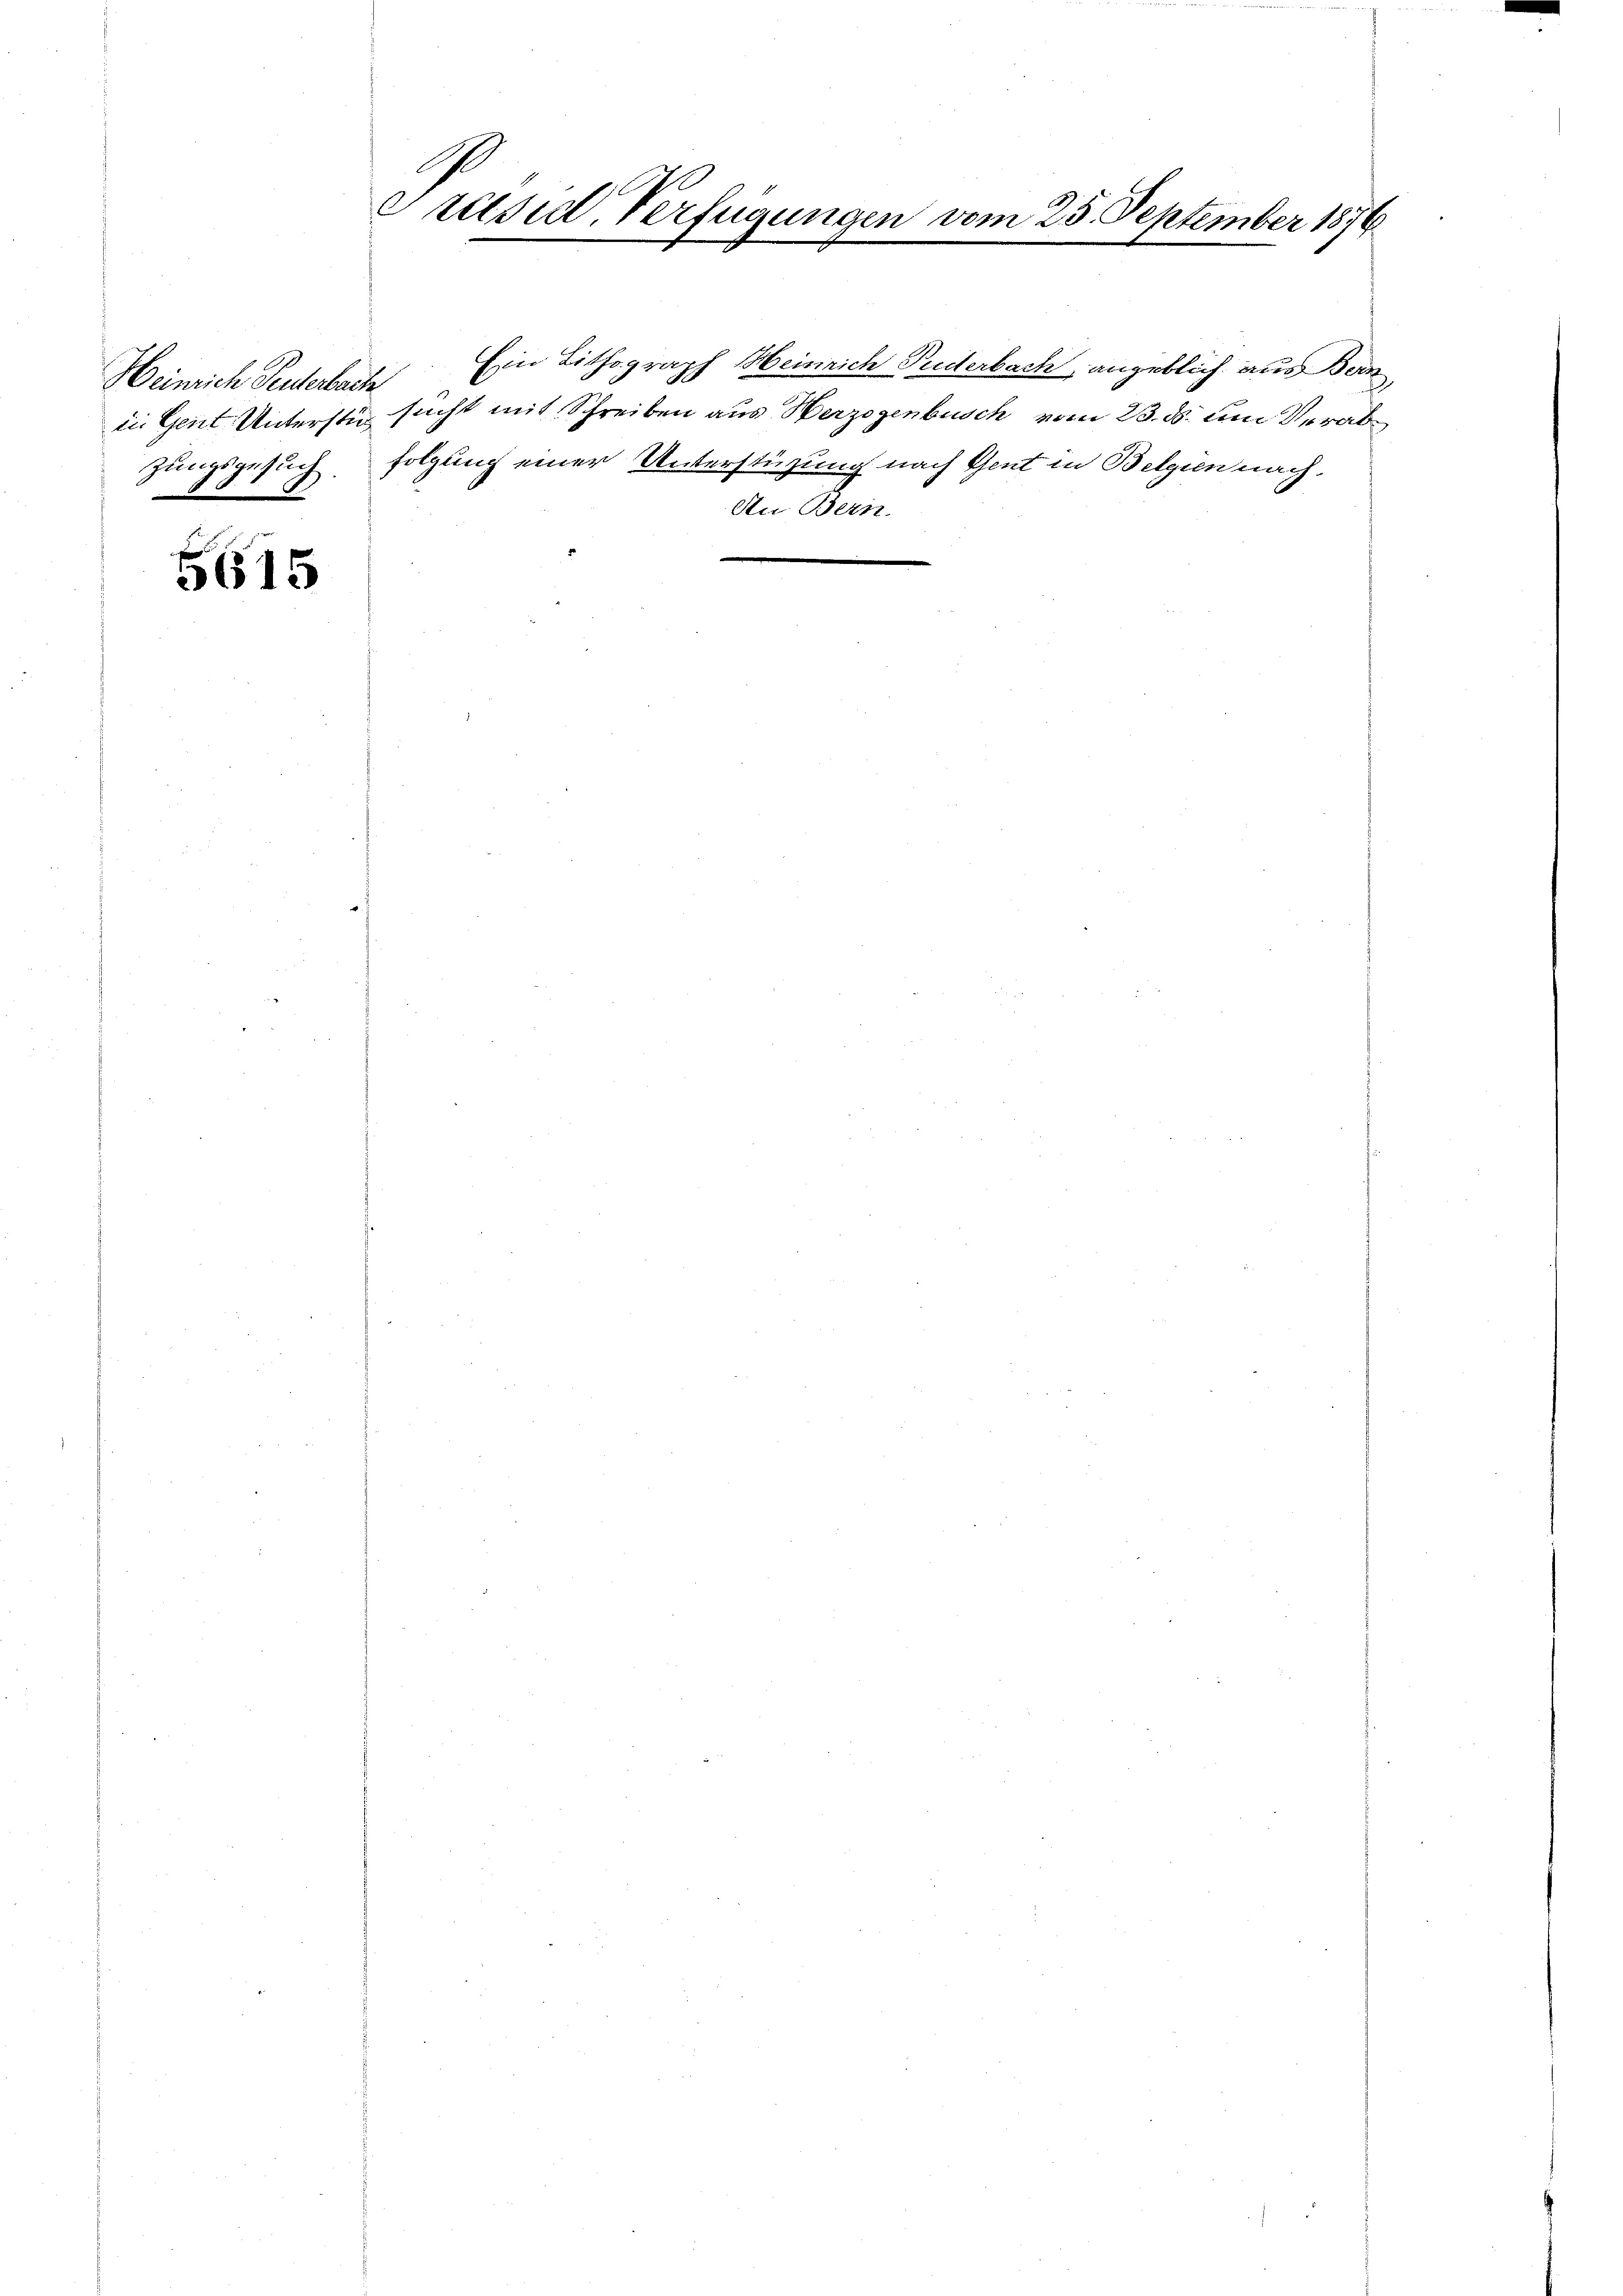
Heinrich Penderbach
zungsgesuch
§87

5615

Präsid. Verfügungen

Ein Lithograph Heinrich Puderbach, angeblich aus Bern
in Gent Untersti sucht mit Schreiben aus Herzogenbusch vom 23. ds. um Verabfolgung einer Unterstüzung nach Gent in Belgien nach
An Bern.

m 25. September 1876